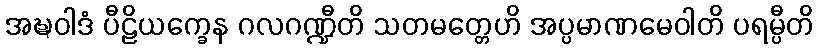
အဍ္ဎဝါဒံ ပီဠိယက္ခေန ဂလဂဏ္ဍီတိ သတမတ္တေဟိ အပ္ပမာဏမေဝါတိ ပရမ္ပီတိ